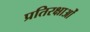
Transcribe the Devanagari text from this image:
प्रतिरक्षाओं